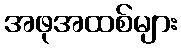
အဖုအထစ်များ